Annual statistical returns and brief notes on vaccination in Bengal - 1887-1898
Year: 1887
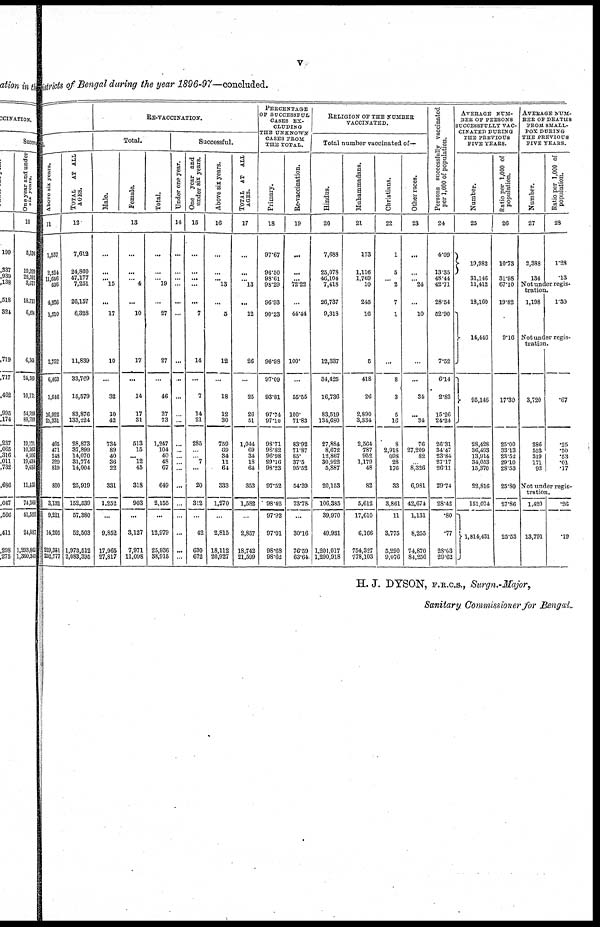
v
Districts of Bengal during the year 1896-97—concluded.
ful.
Above six years.
11
1,537
2,524
11,646
436
4,926
1,510
2,752
6,463
1,946
16,922
29,331
465
471
248
329
819
800
3,132
9,221
14,205
229,351
252,777
TOTAL
AT ALL
AGES.
12
7,612
24,860
47,177
7,251
26,157
8,328
11,839
33,769
15,579
83,876
133,224
28,873
37,899
14,070
31,774
14,004
25,919
152,539
57,380
52,503
1,973,512
2,083,395
RE-VACCINATION.
Total.
Male.
Female.
Total.
13
...
...
...
15
...
17
10
...
32
10
42
734
89
40
36
22
331
1,252
...
9,852
17,965
27,817
...
...
... 4
...
10
17
...
14
17
31
513
15
... 12
45
318
903
...
3,127
7,971
11,098
...
...
... 19
...
27
27
...
46
27
73
1,247
104
40
48
67
649
2,155
...
12,979
25,936
38,915
Successful.
Under one year.
14
...
...
...
...
...
...
...
...
...
...
...
...
...
...
...
...
...
...
...
...
...
...
One year and
under six years.
15
...
...
...
...
...
7
14
...
7
14
21
285
...
... 7
...
20
312
...
42
630
672
Above six years.
16
...
...
... 13
...
5
12
...
18
12
30
759
69
34
11
61
333
1,270
...
2,815
18,112
20,927
TOTAL AT ALL
AGES.
17
...
...
... 13
...
12
26
...
25
26
51
1,044
69
34
18
64
353
1,582
...
2,857
18,742
21,599
PERCENTAGE
OF SUCCESSFUL
CASES EX-
CLUDING
THE UNKNOWN
CASES FROM
THE TOTAL.
Primary.
18
97.67
96.50
98.61
98.29
96.93
90.23
96.98
97.09
93.81
97.74
97.10
98.71
98.82
96.98
89.16
98.23
97.52
98.42
97.92
97.01
98.68
98.62
Re-vaccination.
19
...
...
...
72.22
...
44.44
100.
...
55.55
100.
71.83
83.92
71.87
85.
37.5
95.52
54.39
73.78
...
30.16
76.59
63.64
RELIGION OF THE NUMBER
VACCINATED.
Total number vaccinated of—
Hindus.
20
7,688
25,078
46,104
7,418
26,737
9,318
12,337
34,425
16,736
83,519
134,680
27,884
8,672
12,867
30,922
5,887
20,153
106,385
39,970
49,931
1,201,017
1,290,918
Muhammadans.
21
173
1,116
1,769
10
245
16
5
418
26
2,890
3,334
2,564
787
952
1,179
48
82
5,612
17,610
6,166
754,327
778,103
Christians.
22
1
5
... 2
7
1
...
8
3
5
16
8
2,918
698
28
176
33
3,861
11
3,775
5,290
9,076
Other races.
23
...
...
... 24
...
10
...
...
34
...
34
76
27,209
82
... 8,326
6,981
42,674
1,131
8,255
74,870
84,256
Persons successfully vaccinated
per 1,000 of population.
24
4.09
13.35
48.44
42.71
28.54
52.90
7.52
6.14
2.83
15.26
24.24
26.31
34.47
23.84
27.17
26.11
29.74
28.42
.80
.77
28.63
29.62
AVERAGE NUM¬
BER OF PERSONS
SUCCESSFULLY VAC-
CINATED DURING
THE PREVIOUS
FIVE YEARS.
Number.
25
19,982
31,146
11,412
18,160
14,446
95,146
28,428
36,493
13,914
34,033
15,370
22,816
151,074
1,814,431
Ratio per 1,000 of
population.
26
10.73
31.98
67.10
19.82
9.16
17.30
25.00
33.13
23.52
29.10
28.53
25.80
27.86
25.53
AVERAGE NUM¬
BER OF DEATHS
FROM SMALL-
POX DURING
THE PREVIOUS
FIVE YEARS.
Number.
27
2,388
134
Ratio per 1,000 of
population.
28
1.28
.13
Not under regis-
tration.
1,198
1.30
Not under regis-
tration.
3,720
286
552
319
171
92
.67
.25
.50
.53
.01
.17
Not under regis¬
tration.
1,420
13,791
.26
.19
H. J. DYSON, F.R.C.S., Surgn.-Major,
Sanitary Commissioner for Bengal.